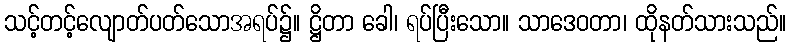
သင့်တင့်လျောတ်ပတ်သောအရပ်၌။ ဋ္ဌိတာ ခေါ၊ ရပ်ပြီးသော။ သာဒေဝတာ၊ ထိုနတ်သားသည်။